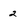
Character: 2